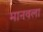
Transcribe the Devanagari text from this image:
मानवला